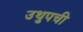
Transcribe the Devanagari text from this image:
उथुपची